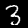
Label: 3